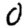
Digit: 0